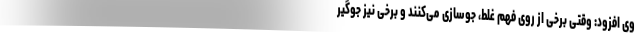
وی افزود: وقتی برخی از روی فهم غلط، جوسازی می‌کنند و برخی نیز جوگیر